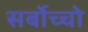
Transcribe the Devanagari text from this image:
सर्बोच्चो